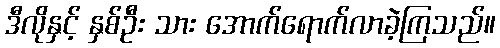
ဒီလိုနှင့် နှစ်ဦး သား အောက်ရောက်လာခဲ့ကြသည်။